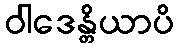
ဝါဒေန္တိယာပိ